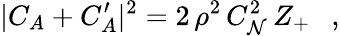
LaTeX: |C_{A}+C_{A}^{\prime}|^{2}=2\, \rho^{2}\, C_{\mathcal{N}}^{2}\, Z_{+}\ \ \ ,